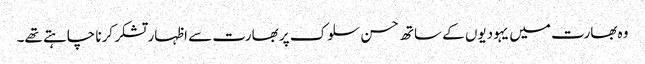
وہ بھارت میں یہودیوں کے ساتھ حسن سلوک پر بھارت سے اظہار تشکر کرنا چاہتے تھے۔